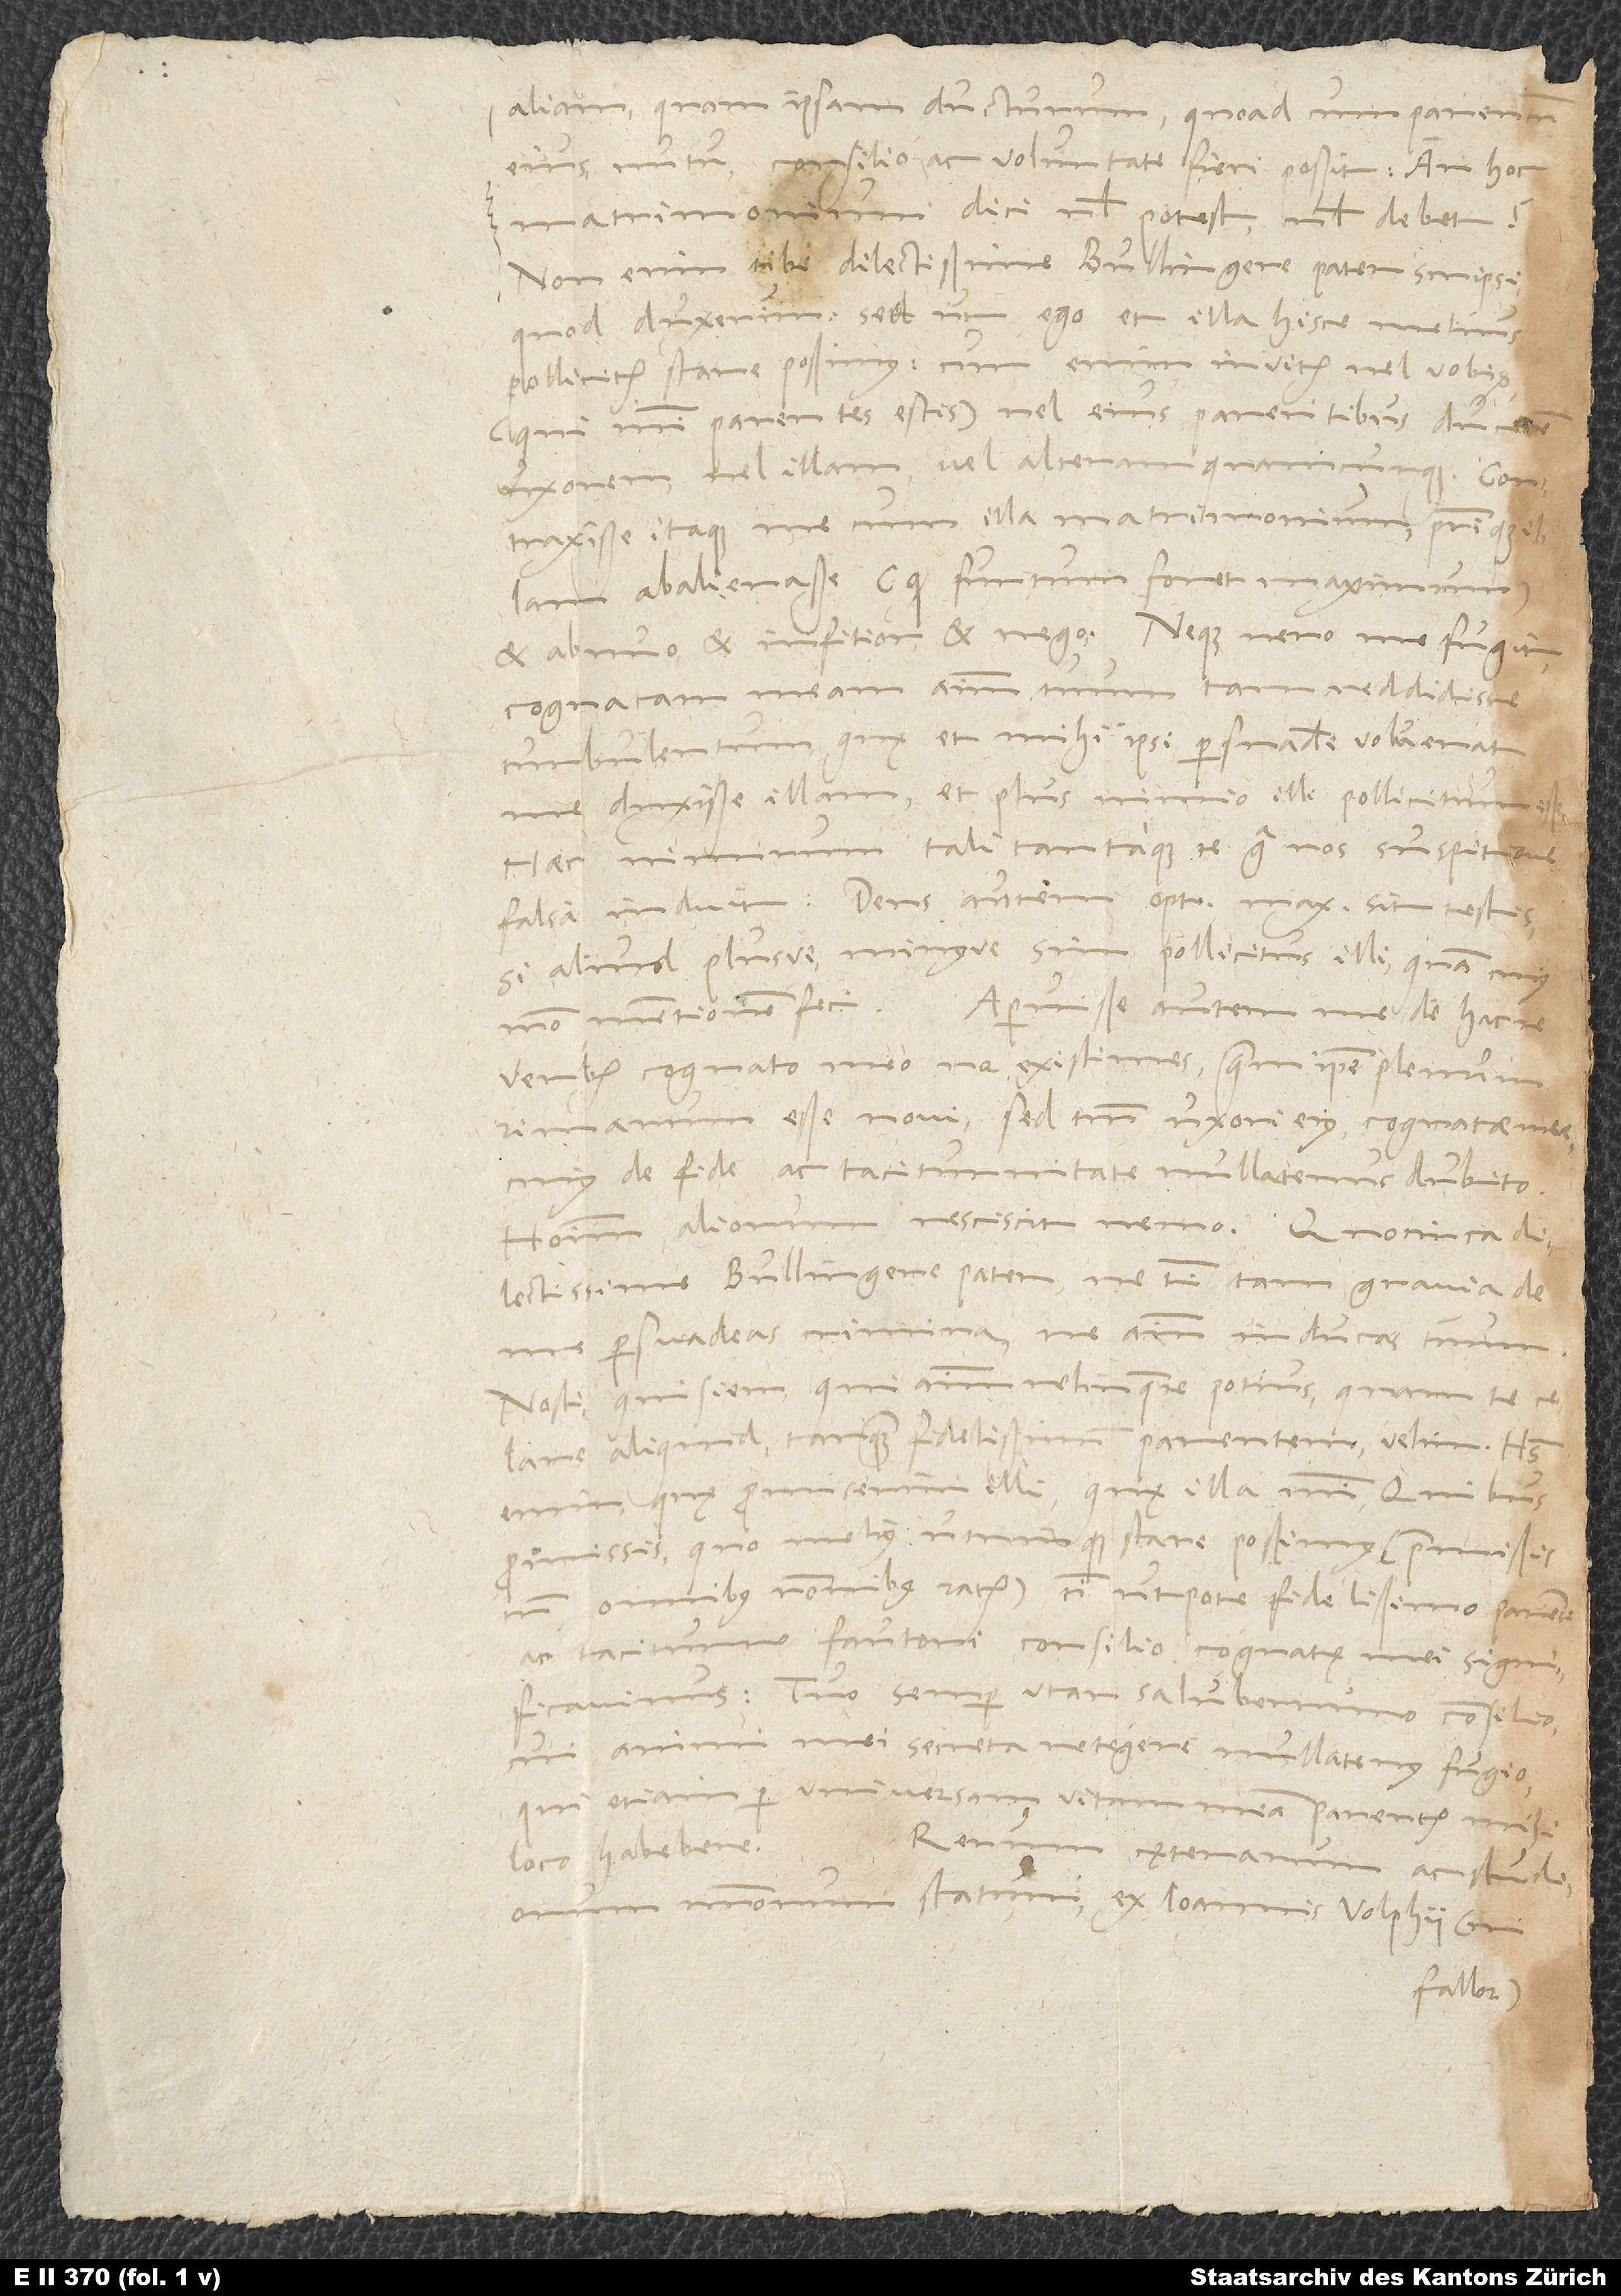
aliam quam ipsam ducturum,
eius nutu, consilio ac voluntate fieri possit. An hoc
matrimonium dici vel potest vel debet?
Non enim tibi, dilectissime Bullingere pater, scripsi,
quod duxerim, sed ut ego et illa hisce melius
pollicitis stare possimus. Cur enim invitis vel vobis
(qui mihi parentes estis) vel eius parentibus ducerem
uxorem vel illam vel alteram quamcunque?
Contraxisse itaque me cum illa matrimonium patrique
illam abalienasse (quod furtum foret maximum)
et abnuo et infitior et nego. Neque vero me fugit
cognatam meam animum tuum tam reddidisse
turbulentum, quę et mihi ipsi persuadere voluerat
me duxisse illam et plus nimio illi pollicitum
Haec nimirum tali tantaque te contra nos suspitione
falsa inducit. Deus autem optimus maximus sit testis,
si aliud plusve minusve sim pollicitus illi, quam cuius
modo mentionem feci. Aperuisse autem me de hac re
verbis cognato meo ne existimes, quem ipse plenum
rimarum esse novi, sed tantum uxori eius, cognatae
cuius de fide ac taciturnitate nullatenus dubito.
Hominum aliorum resciscit nemo. Quocirca,
dilectissime Bullingere pater, ne tibi tam gravia de
me persuadeas crimina, ne animum inducas tuum.
Nosti, qui siem, qui animum relinquere potius quam te
aliquid tanquam fidelissimum parentem velim. Habes
enim, quę promiserim illi, quę illa mihi. Quibus
quo melius utrinque stare possimus (praemissis
omnibus rationibus ratis), tibi utpote fidelissimo parenti
ac taciturno fautori consilio cognatę mei significavimus.
Tuo semper utar saluberrimo consilio,
cui animi mei secreta retegere nullatenus fugio,
qui etiam per universam vitam meam parentis mihi
loco habebere. Rerum externarum ac studiorum
nostrorum statum ex Ioannis Volphii (ni
fallor)